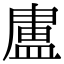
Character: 𭾊